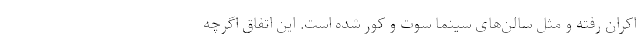
اکران رفته و مثل سالن‌های سینما سوت و کور شده است. این اتفاق اگرچه